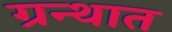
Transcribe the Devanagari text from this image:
ग्रन्थात